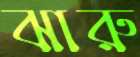
ঝারু